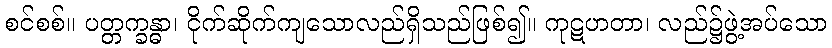
စင်စစ်။ ပတ္တက္ခန္ဓာ၊ ငိုက်ဆိုက်ကျသောလည်ရှိသည်ဖြစ်၍။ ကုဋဟတာ၊ လည်၌ဖွဲ့အပ်သော